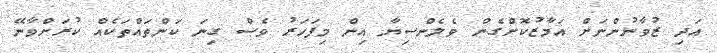
އަދި ޒުވާނުންނަށް އަމާޒުކޮށްގެން ވެލެންސިޔާ އިން މިފަހަރު ވެސް ގިނަ ކަންތައްތަކެއް ކުރަށްވާނޭ